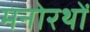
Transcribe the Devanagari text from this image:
मनोरथों